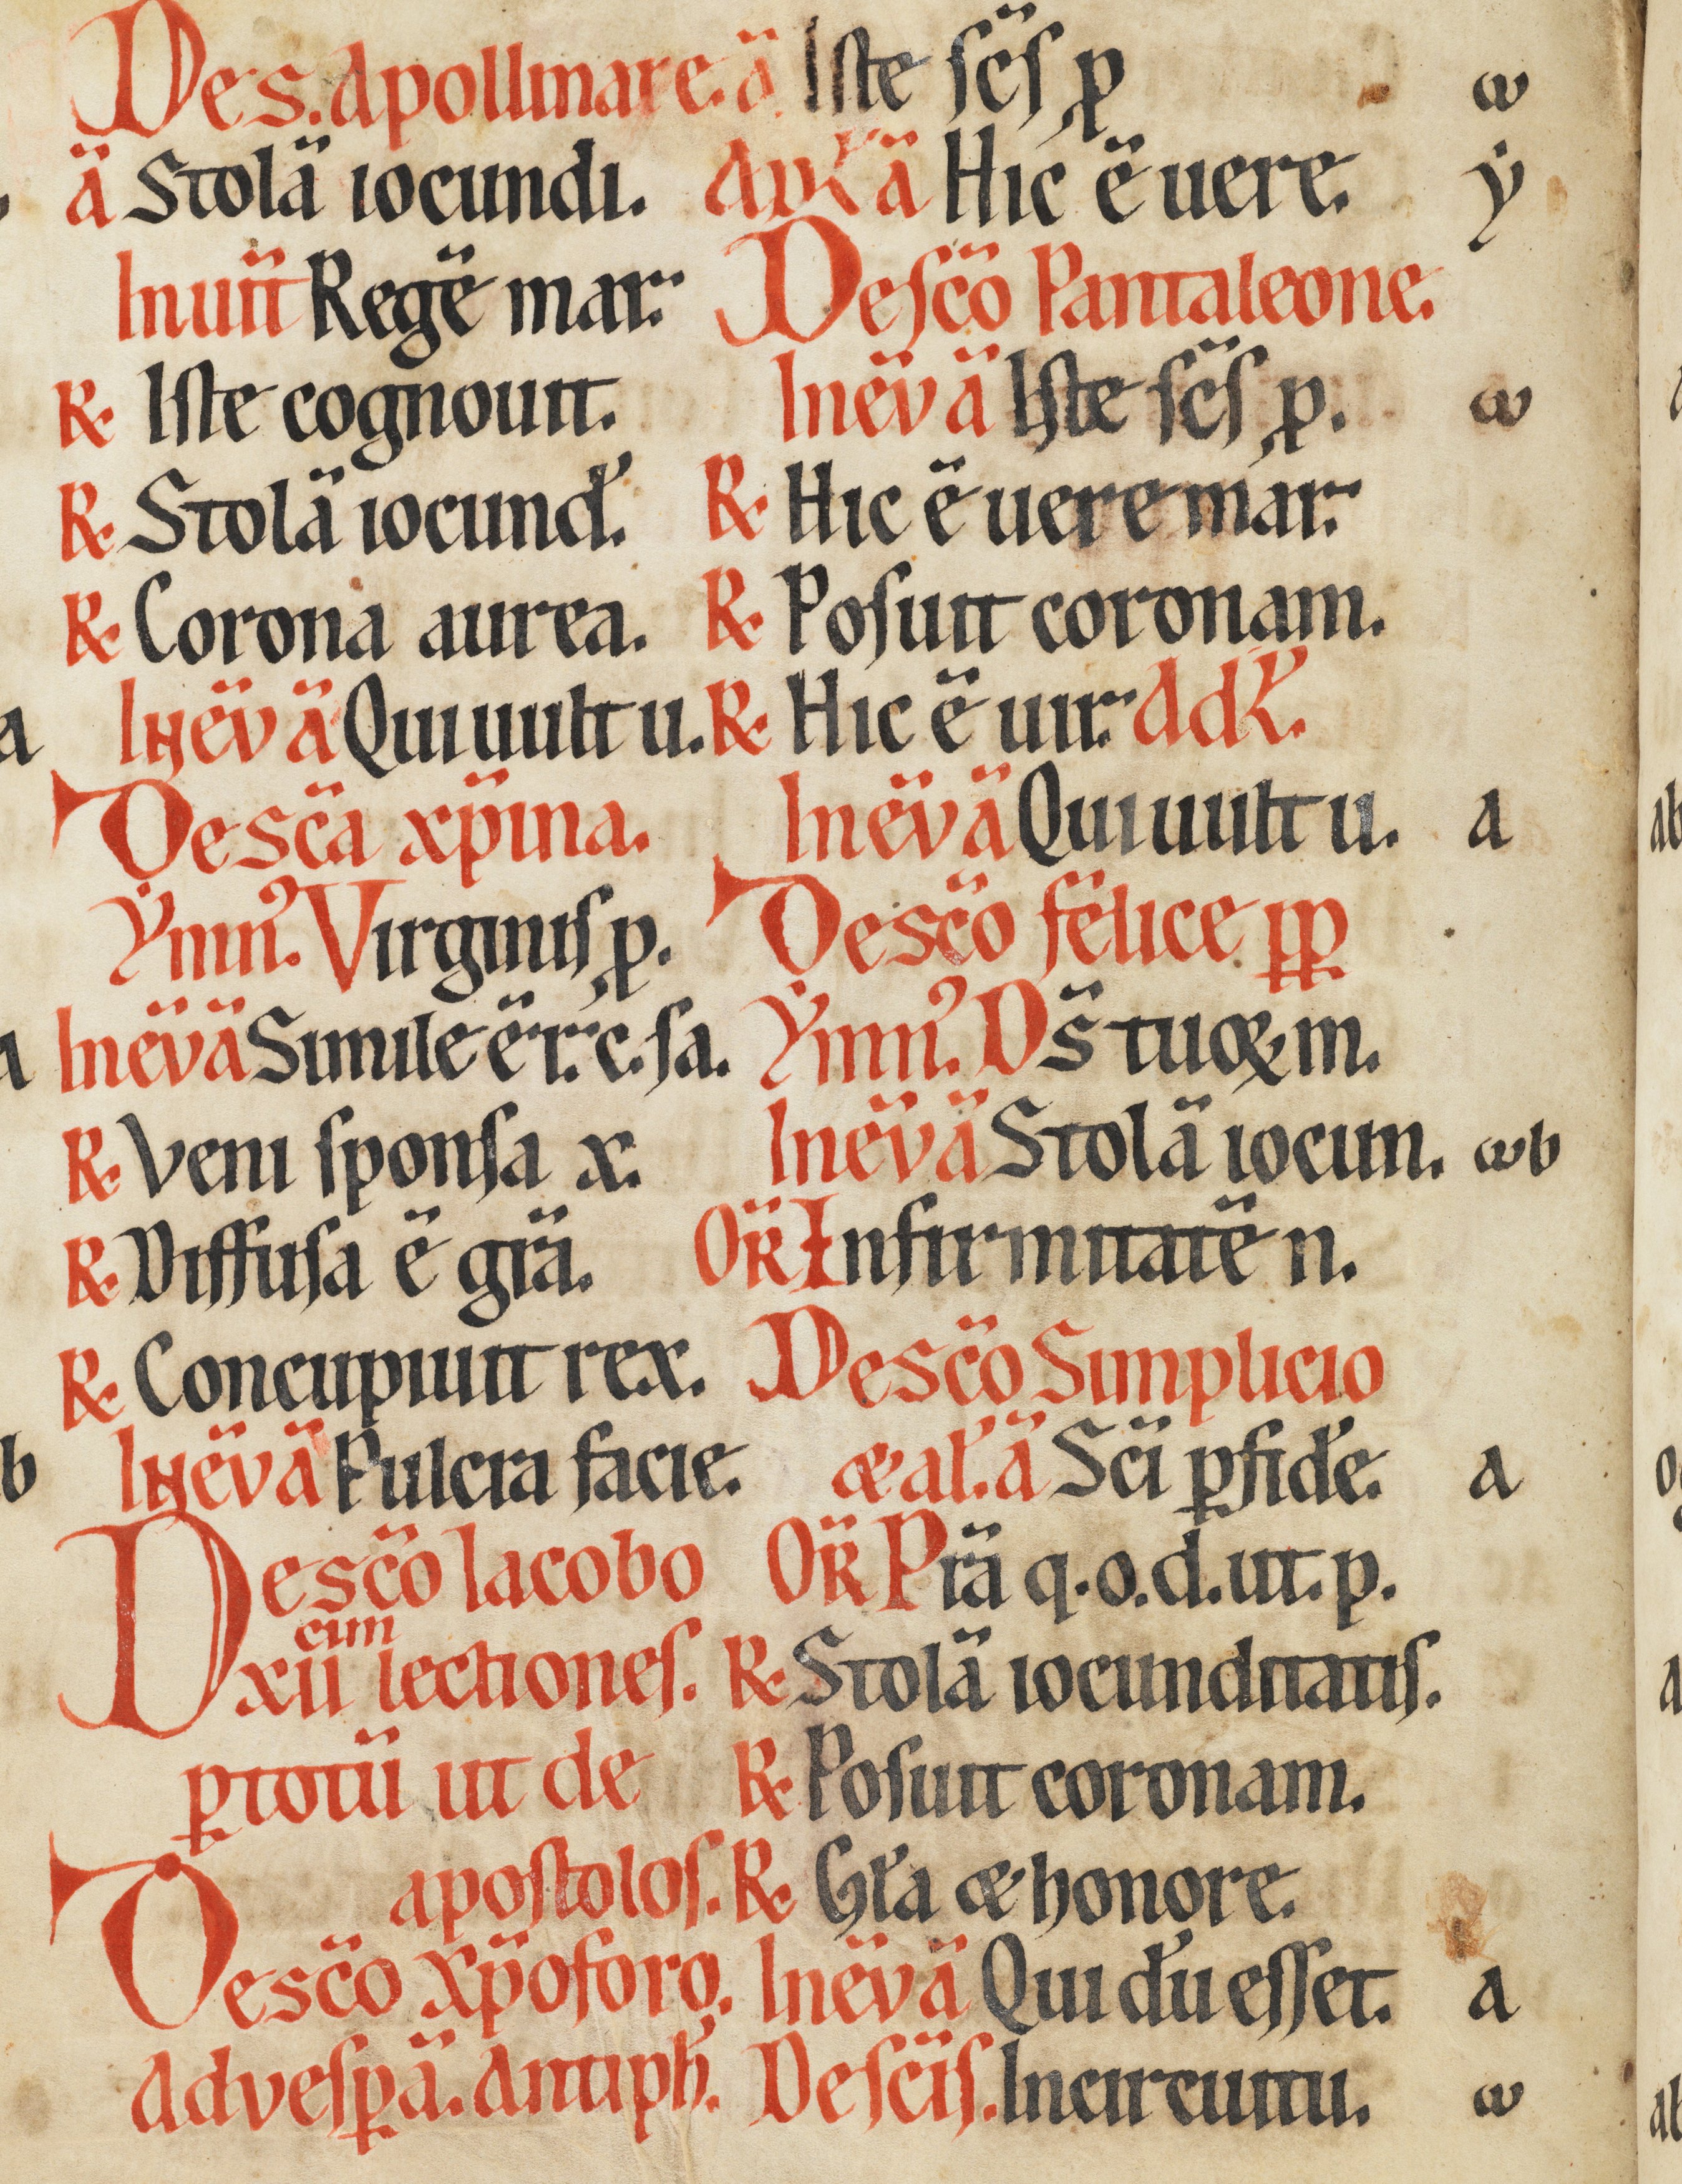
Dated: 1170–1230